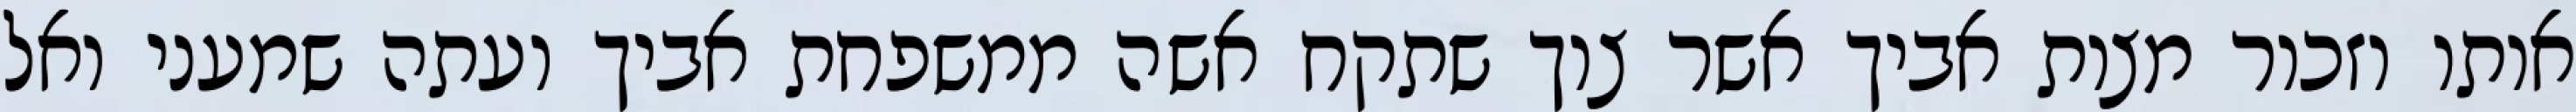
אותו וזכור מצות אביך אשר צוך שתקח אשה ממשפחת אביך ועתה שמעני ואל